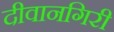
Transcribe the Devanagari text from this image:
दीवानगिरी